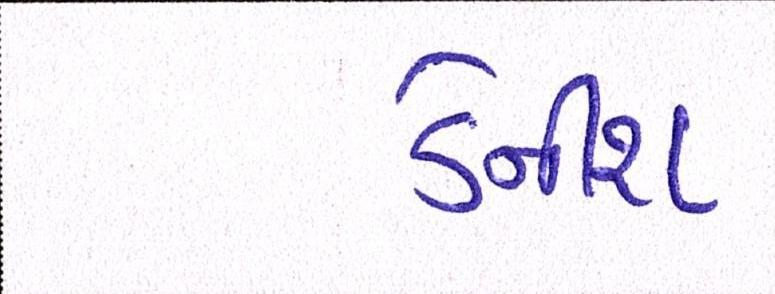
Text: ડેનીશ